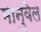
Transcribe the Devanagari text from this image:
मानुवेल